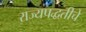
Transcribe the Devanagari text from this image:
राज्यपद्धतीचे